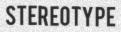
STEREOTYPE